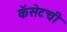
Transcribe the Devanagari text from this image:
कॅसेटची